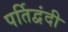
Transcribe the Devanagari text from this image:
पर्तिद्वंदी